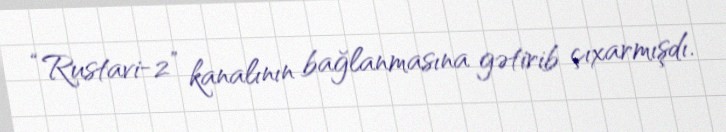
“Rustavi-2” kanalının bağlanmasına gətirib çıxarmışdı.